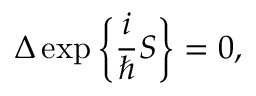
\Delta \exp \bigg \{ \frac { i } { \hbar } S \bigg \} = 0 ,